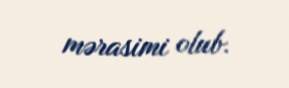
mərasimi olub.